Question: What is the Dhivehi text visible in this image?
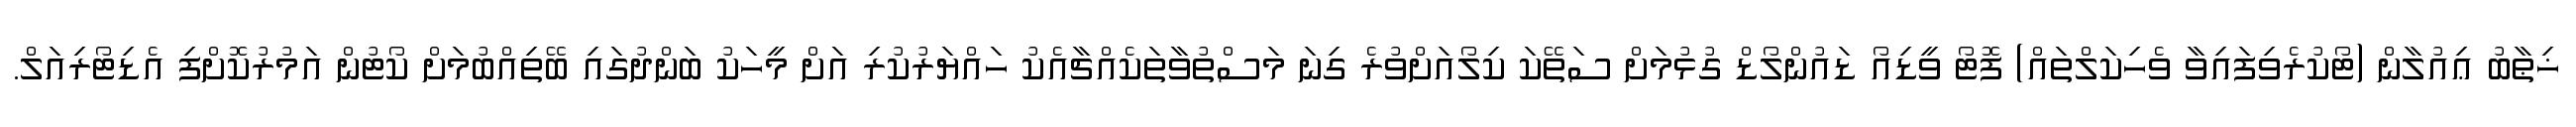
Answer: ޚިޠާބު ޢިއުލާން (ޓޯކުރެވިފައިވާ ވެހިކަލްތައް) ފޮޓޯ ވީޑިއޯ ޑައުންލޯޑް ގުޅުމަށް ސަތޭކަ ކިލޯއަށްވުރެ ގިނަ މަސްތުވާތަކެއްޗާއެކު ހައްޔަރުކުރި އަށް މީހަކު ބަންދުގައި ބޭތިއްބުމަށް ކޯޓުން އަމުރުކޮށްފި އެޑިޓޯރިއަލް.